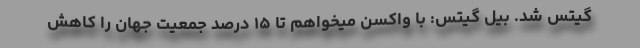
گیتس شد. بیل گیتس: با واکسن میخواهم تا ۱۵ درصد جمعیت جهان را کاهش